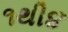
૧થી૪